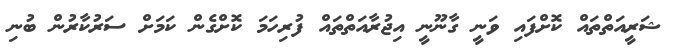
ޝަރީއަތްތައް ކޮށްފައި ވަނީ ގާނޫނީ އިޖުރާއަތްތައް ފުރިހަމަ ކޮށްގެން ކަމަށް ސަރުކާރުން ބުނި